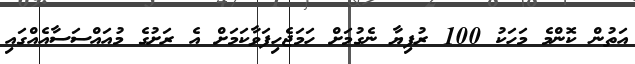
އަތުން ކޮންމެ މަހަކު 100 ރުފިޔާ ނެގުމަށް ހަމަޖެހިފަވާކަމަށް އެ ރަށުގެ މުއައްސަސާއެއްގައި